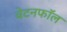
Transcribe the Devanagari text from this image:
वेटनफॉल